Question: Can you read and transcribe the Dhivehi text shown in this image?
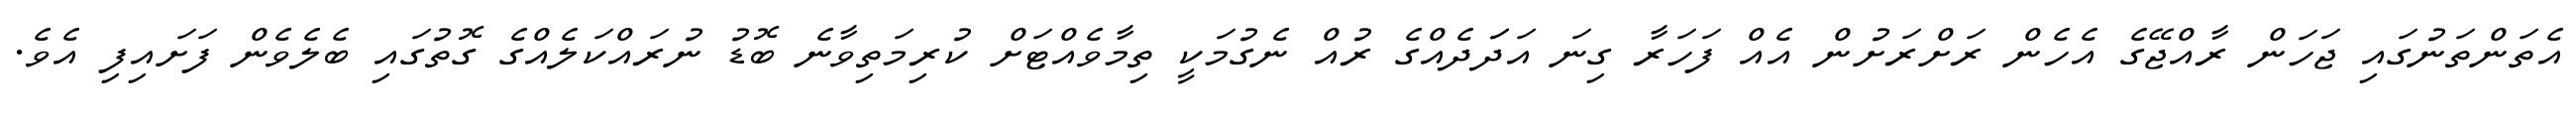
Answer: އެތަންތަނުގައި ޖަހަން ރާއްޖޭގެ އެހެން ރަށްރަށުން އެއް ފަހަރާ ގިނަ އަދަަދެއްގެ ރުއް ނެގުމަކީ ތިމާވެއްޓަށް ކުރިމަތިވާނެ ބޮޑު ނުރައްކަލެއްގެ ގޮތުގައި ބެލެވެން ފަށައިފި އެވެ.